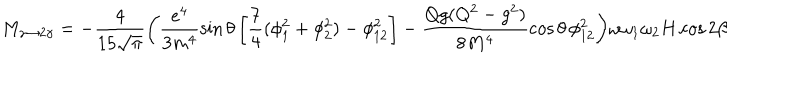
M _ { \gamma \to 2 \gamma } = - \frac { 4 } { 1 5 \sqrt { \pi } } \biggl ( \frac { e ^ { 4 } } { 3 m ^ { 4 } } \sin \theta \left[ \frac { 7 } { 4 } ( \phi _ { 1 } ^ { 2 } + \phi _ { 2 } ^ { 2 } ) - \phi _ { 1 2 } ^ { 2 } \right] - \frac { Q g ( Q ^ { 2 } - g ^ { 2 } ) } { 8 M ^ { 4 } } \cos \theta \, \phi _ { 1 2 } ^ { 2 } \biggr ) \omega \omega _ { 1 } \omega _ { 2 } H \cos 2 \beta